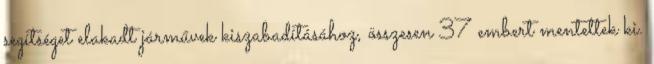
segítséget elakadt járművek kiszabadításához, összesen 37 embert mentettek ki.